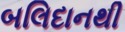
બલિદાનથી